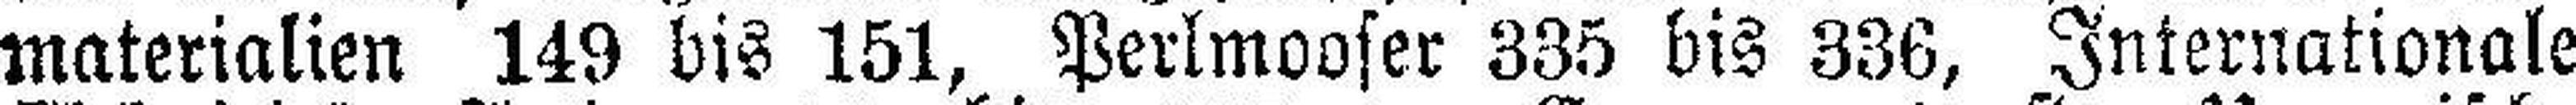
materialien 149 bis 151, Perlmooser 335 bis 336, Internationale